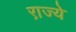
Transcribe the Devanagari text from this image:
रा़ज्ये